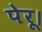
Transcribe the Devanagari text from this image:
पेरू।